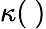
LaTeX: \kappa(~)